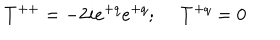
T ^ { + + } = - 2 i e ^ { + q } e ^ { + q } ; \ T ^ { + q } = 0